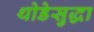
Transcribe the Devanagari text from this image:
थोडेसुद्धा